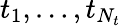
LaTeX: t_{1},\ldots,t_{N_{t}}